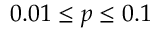
0 . 0 1 \leq p \leq 0 . 1